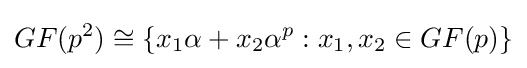
GF(p^{2})\cong \{x_{1}\alpha +x_{2}\alpha ^{p}:x_{1},x_{2}\in GF(p)\}